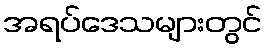
အရပ်ဒေသများတွင်